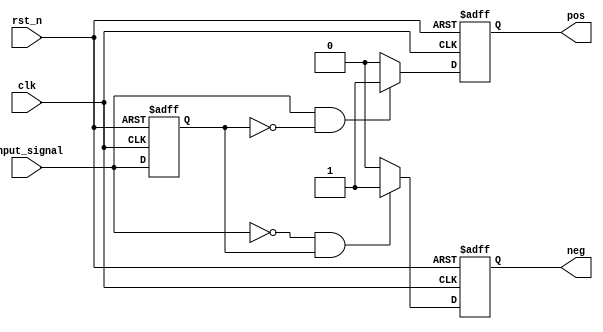
`timescale 1ns/1ns

module edge_detect
#(
    parameter POS_ENABLE = 1,
    parameter NEG_ENABLE = 1,
    parameter INIT_VAL = 1'b0
)
(
    input wire clk,
    input wire rst_n,
    input wire input_signal,
    output wire pos,
    output wire neg
);

parameter U_DLY = 1;

reg input_signal_dly;

always @(posedge clk or negedge rst_n) 
begin
    if(rst_n == 1'b0) begin
        input_signal_dly <= #U_DLY INIT_VAL;
    end
    else begin 
        input_signal_dly <= #U_DLY input_signal;
    end
end

generate
    if(POS_ENABLE == 1) begin
        reg pos_reg;

        assign pos = pos_reg;

        always @(posedge clk or negedge rst_n) 
        begin
            if(rst_n == 1'b0) begin
                pos_reg <= #U_DLY 1'b0;
            end
            else if(input_signal == 1'b1 && input_signal_dly == 1'b0) begin
                pos_reg <= #U_DLY 1'b1;
            end
            else begin 
                pos_reg <= #U_DLY 1'b0;
            end
        end
    end
    else begin 
        assign pos = 1'b0;
    end
endgenerate

generate
    if(NEG_ENABLE == 1) begin
        reg neg_reg;
        
        assign neg = neg_reg;

        always @(posedge clk or negedge rst_n) 
        begin
            if(rst_n == 1'b0) begin
                neg_reg <= #U_DLY 1'b0;
            end
            else if(input_signal == 1'b0 && input_signal_dly == 1'b1) begin
                neg_reg <= #U_DLY 1'b1;
            end
            else begin 
                neg_reg <= #U_DLY 1'b0;
            end
        end
    end
    else begin 
        assign neg = 1'b0;
    end
endgenerate


endmodule